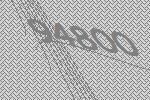
94800